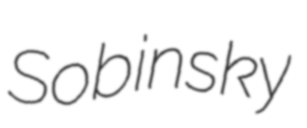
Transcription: Sobinsky